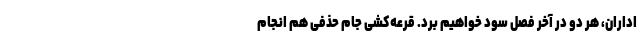
اداران، هر دو در آخر فصل سود خواهیم برد. قرعه‌کشی جام حذفی هم انجام